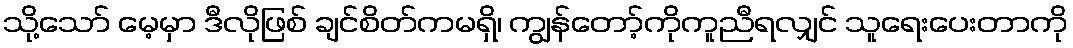
သို့သော် မေ့မှာ ဒီလိုဖြစ် ချင်စိတ်ကမရှိ၊ ကျွန်တော့်ကိုကူညီရလျှင် သူရေးပေးတာကို